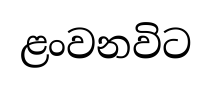
ළංවනවිට